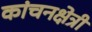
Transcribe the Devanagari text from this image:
कांचनक्षेत्री